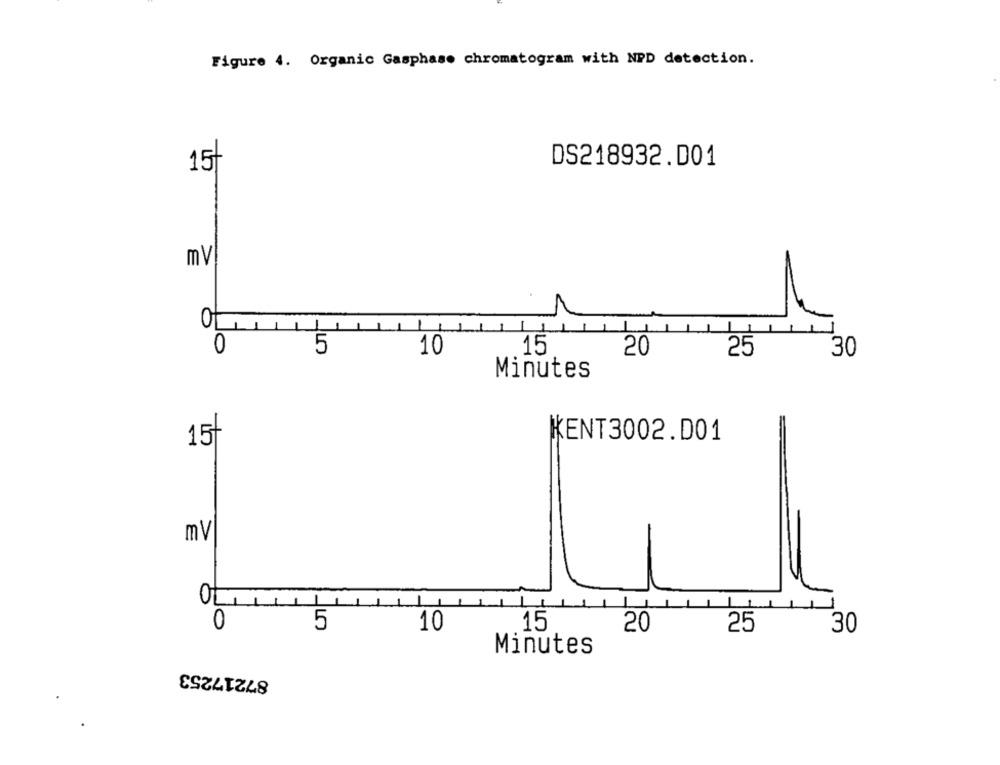
Figure 4. Organic Gasphase chromatogram with NPD detection.
15/
DS218932.D01
mv
1
0
5
10
15
20
25
30
Minutes
KENT3002.D01
15+
mv
5
10
15
20
25
30
Minutes
87217253